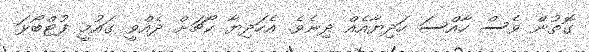
ގޮތުން ވެސް ހާއްސަ ހަދިޔާއެއް ދިނެވެ. އެހަދިޔާ ކޯޗަށް ދެއްވީ ގައުމީ ފުޓްބޯޅަ